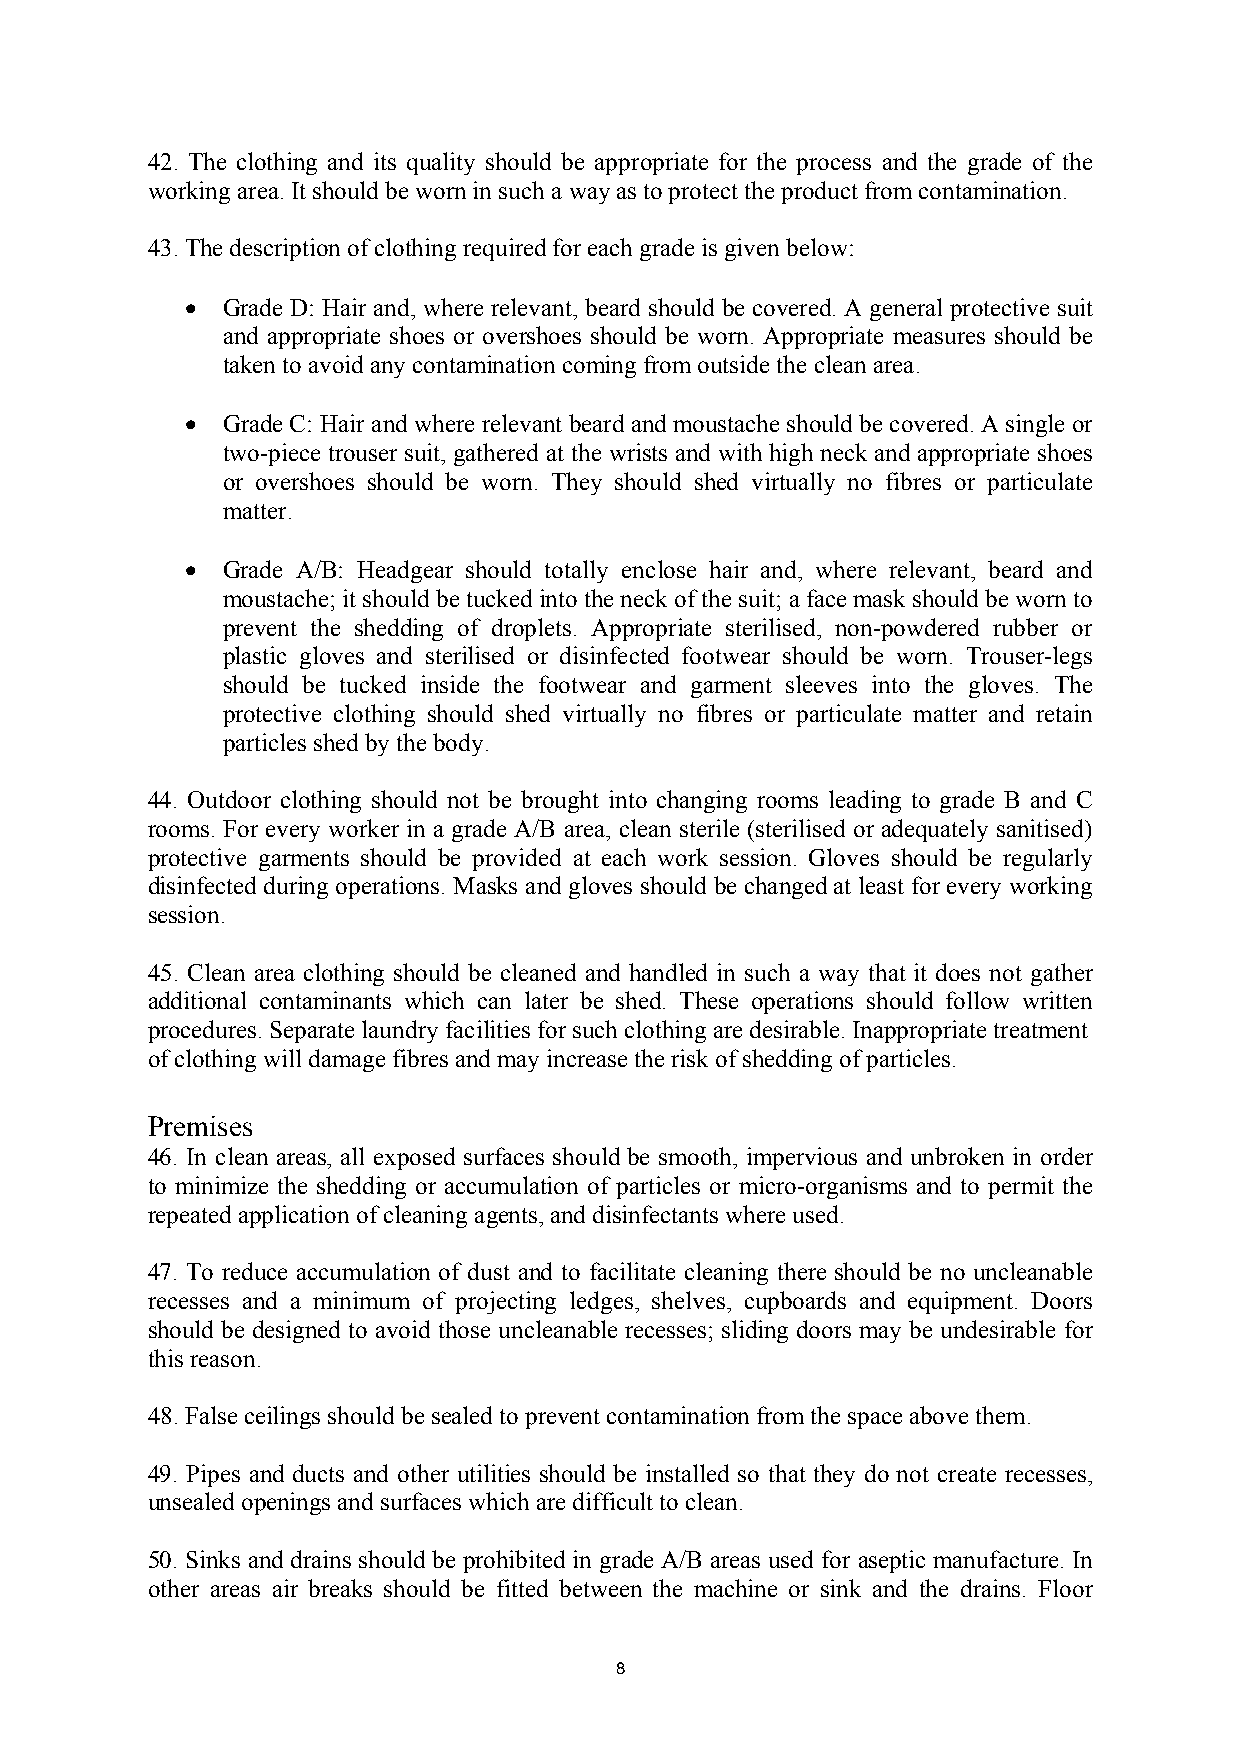
42. The clothing and its quality should be appropriate for the process and the grade of the
 working area. It should be worn in such a way as to protect the product from contamination.
 43. The description of clothing required for each grade is given below:
 •  Grade D: Hair and, where relevant, beard should be covered. A general protective suit
 and appropriate shoes or overshoes should be worn. Appropriate measures should be
 taken to avoid any contamination coming from outside the clean area.
 •  Grade C: Hair and where relevant beard and moustache should be covered. A single or
 two-piece trouser suit, gathered at the wrists and with high neck and appropriate shoes
 or overshoes should be worn. They should shed virtually no fibres or particulate
 matter.
 •  Grade A/B: Headgear should totally enclose hair and, where relevant, beard and
 moustache; it should be tucked into the neck of the suit; a face mask should be worn to
 prevent the shedding of droplets. Appropriate sterilised, non-powdered rubber or
 plastic gloves and sterilised or disinfected footwear should be worn. Trouser-legs
 should be tucked inside the footwear and garment sleeves into the gloves. The
 protective clothing should shed virtually no fibres or particulate matter and retain
 particles shed by the body.
 44. Outdoor clothing should not be brought into changing rooms leading to grade B and C
 rooms. For every worker in a grade A/B area, clean sterile (sterilised or adequately sanitised)
 protective garments should be provided at each work session. Gloves should be regularly
 disinfected during operations. Masks and gloves should be changed at least for every working
 session.
 45. Clean area clothing should be cleaned and handled in such a way that it does not gather
 additional contaminants which can later be shed. These operations should follow written
 procedures. Separate laundry facilities for such clothing are desirable. Inappropriate treatment
 of clothing will damage fibres and may increase the risk of shedding of particles.
 Premises
 46. In clean areas, all exposed surfaces should be smooth, impervious and unbroken in order
 to minimize the shedding or accumulation of particles or micro-organisms and to permit the
 repeated application of cleaning agents, and disinfectants where used.
 47. To reduce accumulation of dust and to facilitate cleaning there should be no uncleanable
 recesses and a minimum of projecting ledges, shelves, cupboards and equipment. Doors
 should be designed to avoid those uncleanable recesses; sliding doors may be undesirable for
 this reason.
 48. False ceilings should be sealed to prevent contamination from the space above them.
 49. Pipes and ducts and other utilities should be installed so that they do not create recesses,
 unsealed openings and surfaces which are difficult to clean.
 50. Sinks and drains should be prohibited in grade A/B areas used for aseptic manufacture. In
 other areas air breaks should be fitted between the machine or sink and the drains. Floor
 8